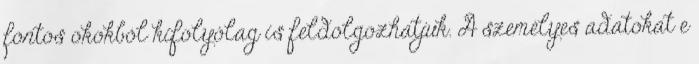
fontos okokból kifolyólag is feldolgozhatjuk. A személyes adatokat e